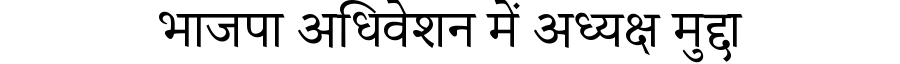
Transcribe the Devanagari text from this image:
भाजपा अधिवेशन में अध्यक्ष मुद्दा